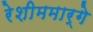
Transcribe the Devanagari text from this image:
रेशीममार्गे